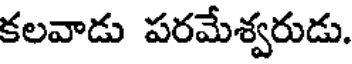
కలవాడు పరమేశ్వరుడు.